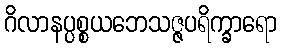
ဂိလာနပ္ပစ္စယဘေသဇ္ဇပရိက္ခာရော